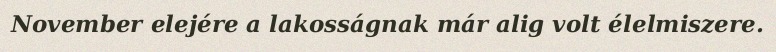
November elejére a lakosságnak már alig volt élelmiszere.